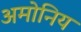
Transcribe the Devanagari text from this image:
अमोनिय